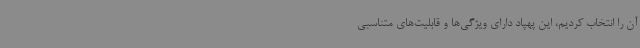
آن را انتخاب کردیم، این پهپاد دارای ویژگی‌ها و قابلیت‌های متناسبی